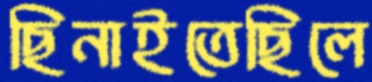
ছিনাইতেছিলে